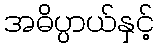
အဓိပ္ပာယ်နှင့်